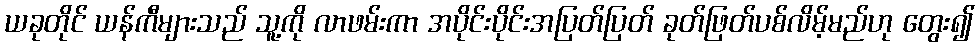
ယခုတိုင် ယန်ကီများသည် သူ့ကို လာဖမ်းကာ အပိုင်းပိုင်းအပြတ်ပြတ် ခုတ်ဖြတ်ပစ်လိမ့်မည်ဟု တွေး၍